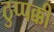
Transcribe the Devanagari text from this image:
ठुप्पक्की